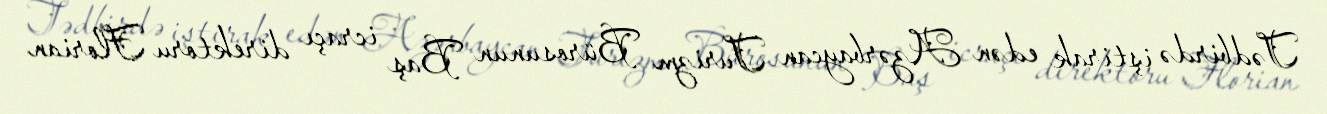
Tədbirdə iştirak edən Azərbaycan Turizm Bürosunun Baş icraçı direktoru Florian